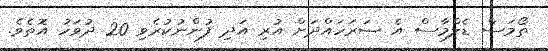
ތޯމަސް ޑެލްމާސް އެ ސަރަހައްދަށް އުރި އަދި ފުންނުކުރެވި 20 ދުވަހު އޮތެވެ.